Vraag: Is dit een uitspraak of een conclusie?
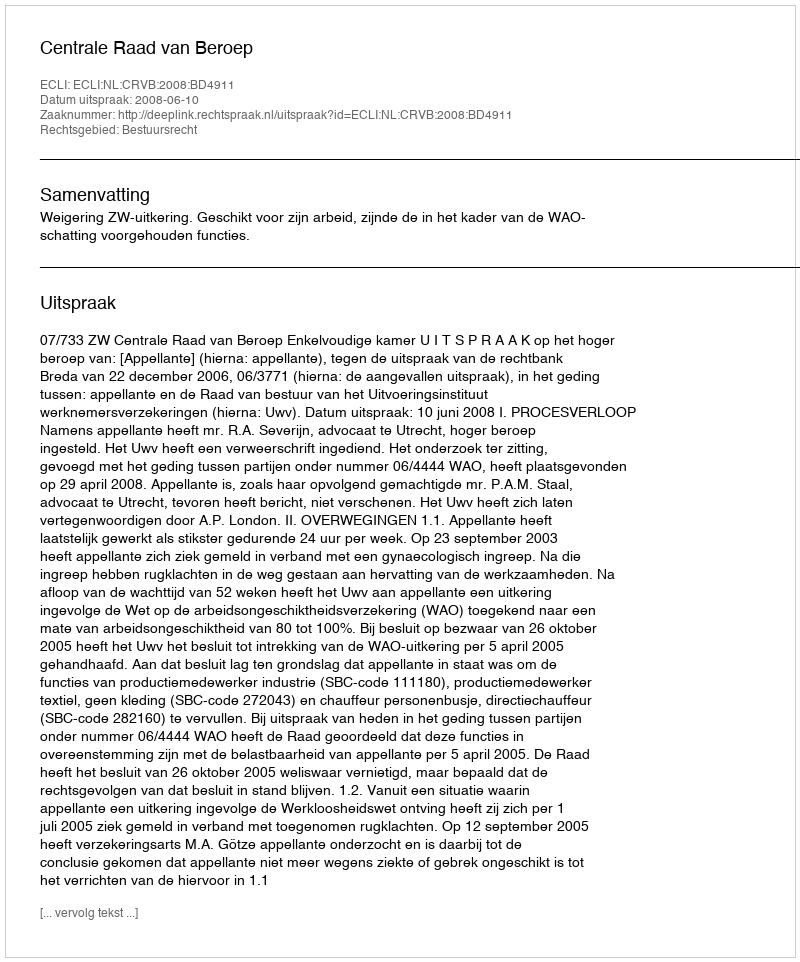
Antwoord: Uitspraak